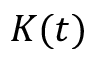
K ( t )